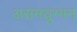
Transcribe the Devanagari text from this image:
असमयुग्मन